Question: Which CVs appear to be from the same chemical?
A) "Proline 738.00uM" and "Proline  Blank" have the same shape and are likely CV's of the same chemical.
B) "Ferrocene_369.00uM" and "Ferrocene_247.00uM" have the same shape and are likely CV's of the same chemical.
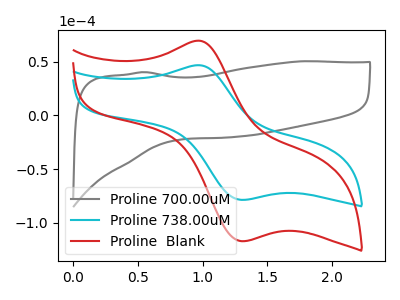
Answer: <think>The gray curve "Proline 700.00uM" has no peaks. The cyan curve "Proline 738.00uM" has an anodic peak at (0.95V, 46.70uA) and a cathodic peak at (1.30V, -78.65uA). The red curve "Proline  Blank" has an anodic peak at (0.95V, 69.50uA) and a cathodic peak at (1.30V, -117.10uA).
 "Proline 700.00uM" and "Proline 738.00uM" have a different number of peaks. "Proline 700.00uM" and "Proline  Blank" have a different number of peaks. All the peaks in "Proline 738.00uM" have a peak in "Proline  Blank" at the same potential. Every peak in "Proline 738.00uM" is lower than every peak in "Proline  Blank".</think>
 <answer>A) "Proline 738.00uM" and "Proline  Blank" have the same shape and are likely CV's of the same chemical.</answer>
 <eval>A</eval>